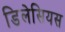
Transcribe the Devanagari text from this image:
डिलेसियस